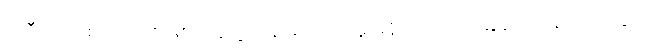
အဲဒီလို သစ်ပင် သစ်မြစ်တွေရဲ့ ထိန်းချုပ်ထားမှု မရှိတော့တဲ့ မြေဆိုင်မြေသားတွေဟာ